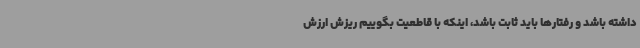
داشته باشد و رفتارها باید ثابت باشد، اینکه با قاطعیت بگوییم ریزش ارزش